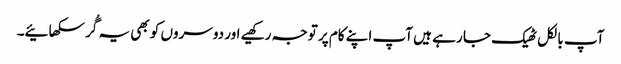
آپ بالکل ٹھیک جا رہے ہیں آپ اپنے کام پر توجہ رکھیے اور دوسروں کو بھی یہ گُر سکھائیے۔